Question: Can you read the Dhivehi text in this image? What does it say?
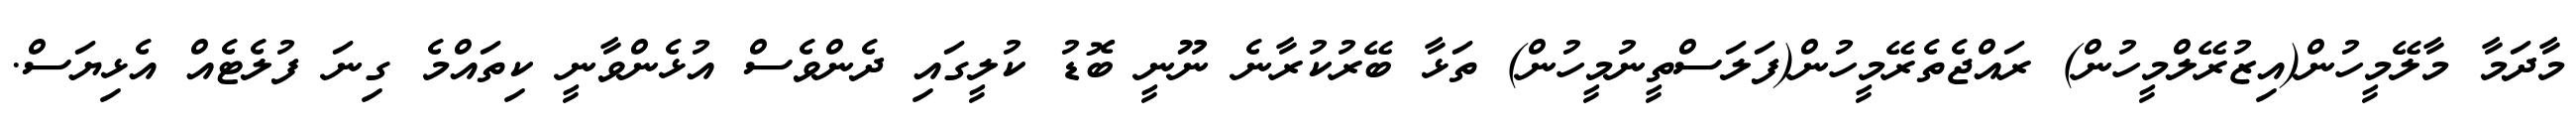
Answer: މާދަމާ މާލޭމީހުން(އިޒުރޭލްމީހުން) ރައްޖެތެރޭމީހުން(ފަލަސްތީނުމީހުން) ތަޅާ ބޭރުކުރާނެ ނޫނީ ބޮޑު ކުލީގައި ދެންވެސް އުޅެންވާނީ ކިތައްމެ ގިނަ ފުލެޓެއް އެޅިޔަސް.